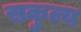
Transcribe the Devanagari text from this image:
सकुल्य